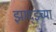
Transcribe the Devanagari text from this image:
झाद्झ्च्या